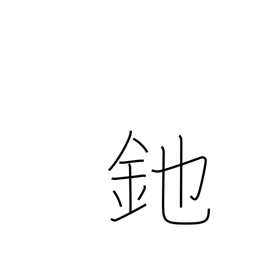
Meaning: halberd